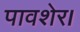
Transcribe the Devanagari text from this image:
पावशेर।